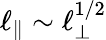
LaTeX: \ell_{\| }\sim\ell_{\perp}^{1/2}